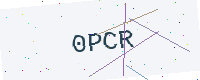
Text: 0PCR